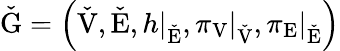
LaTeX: \check{\mathrm{G}}=\left(\check{\mathrm{V}},\check{\mathrm{E}},\left.h\right|_{\check{\mathrm{E}}},\left.\pi_{\mathrm{V}}\right|_{\check{\mathrm{V}}},\left.\pi_{\mathrm{E}}\right|_{\check{\mathrm{E}}}\right)